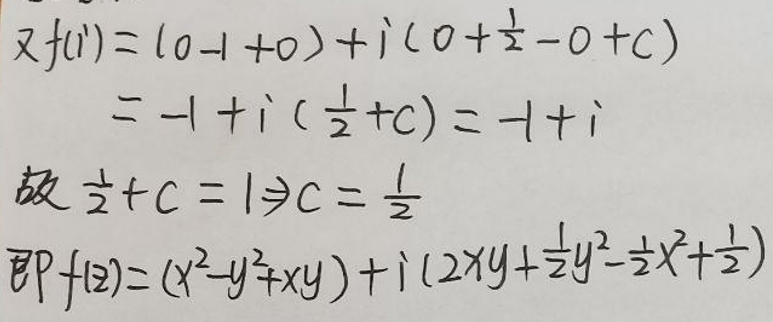
\[
\begin{align*}
f^{\prime\prime}(1)&=(0 - 1 + 0)+i(0+\frac{1}{2}-0 + c)\\
&=-1 + i(\frac{1}{2}+c)=-1 + i\\
\end{align*}
\]

故\(\frac{1}{2}+c = 1\Rightarrow c=\frac{1}{2}\)

\[
\begin{align*}
f(z)&=(x^{2}-y^{2}+xy)+i(2xy+\frac{1}{2}y^{2}-\frac{1}{2}x^{2}+\frac{1}{2})
\end{align*}
\]